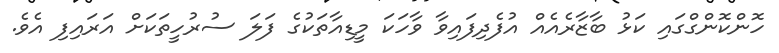
ހޮންކޮންގްގައި ކަޅު ބާޒާރެއެއް އުފެދިފައިވާ ވާހަކަ މީޑިއާތަކުގެ ފަލަ ސުރުހީތަކަށް އަރައިފި އެވެ.